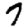
Digit: 7